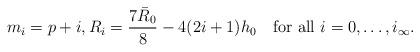
LaTeX: \begin{align*}m_i=p+i, R_i= \frac{7\bar R_0}{8}-4(2i+1)h_0 \quad\mbox{for all } i=0,\dots,i_\infty. \end{align*}